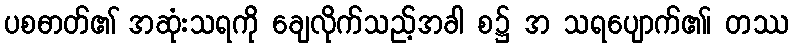
ပစဓာတ်၏ အဆုံးသရကို ချေလိုက်သည့်အခါ စ၌ အ သရပျောက်၏၊ တဿ